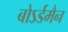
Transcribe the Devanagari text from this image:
बोऽर्डमैन